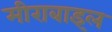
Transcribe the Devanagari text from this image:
मीराबाइल